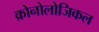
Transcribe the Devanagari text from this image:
क्रोनोलोजिकल